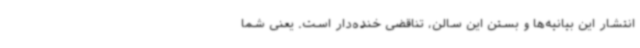
انتشار این بیانیه‌ها و بستن این سالن، تناقضی خنده‌دار است. یعنی شما